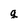
Character: g